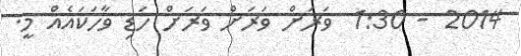
2014 - 1:30  ވަރަށް ވަރަށް ވަރަށް ހަޑި ވާހަކައެއް މީ.